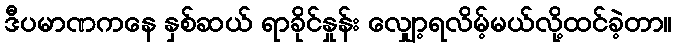
ဒီပမာဏကနေ နှစ်ဆယ် ရာခိုင်နှုန်း လျှော့ရလိမ့်မယ်လို့ထင်ခဲ့တာ။